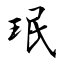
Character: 珉